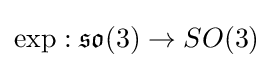
\exp :{\mathfrak {so}}(3)\to SO(3)